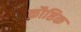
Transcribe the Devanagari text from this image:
क्रौष्ठिक